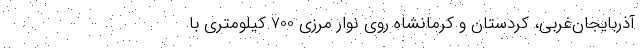
آذربايجان‌غربي، كردستان و كرمانشاه روي نوار مرزي 700 كيلومتري با